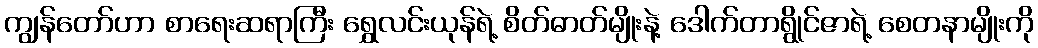
ကျွန်တော်ဟာ စာရေးဆရာကြီး ရွှေလင်းယုန်ရဲ့ စိတ်ဓာတ်မျိုးနဲ့ ဒေါက်တာရွိုင်ဇာရဲ့ စေတနာမျိုးကို